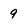
Character: 9